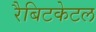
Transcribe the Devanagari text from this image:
रैबिटकेटल